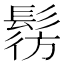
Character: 𩭔